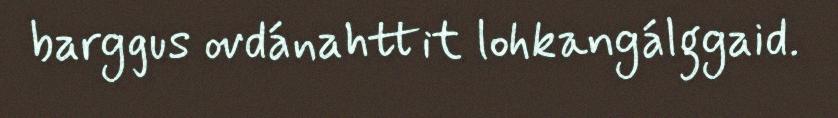
barggus ovdánahttit lohkangálggaid.